Problem: 43 - 6 = ?
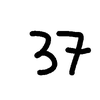
Handwritten answer: 37